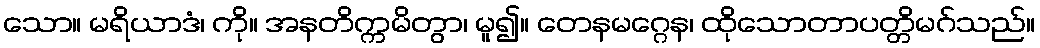
သော။ မရိယာဒံ၊ ကို။ အနတိက္ကမိတွာ၊ မူ၍။ တေနမဂ္ဂေန၊ ထိုသောတာပတ္တိမဂ်သည်။